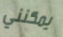
يمكنني